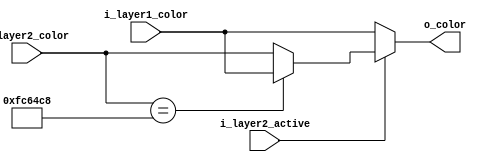
module color_mixer (input [23:0] i_layer1_color,
					input [23:0] i_layer2_color,
					input i_layer2_active,
					output [23:0] o_color);

	assign o_color = (i_layer2_active == 1'b1) ? ((i_layer2_color == 24'hfc64c8) ? i_layer1_color : i_layer2_color) : i_layer1_color;

endmodule